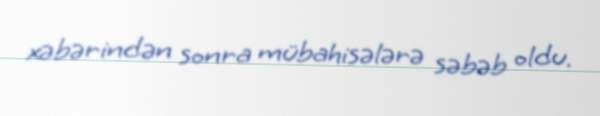
xəbərindən sonra mübahisələrə səbəb oldu.